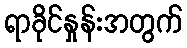
ရာခိုင်နှုန်းအတွက်